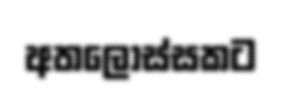
අතලොස්සකට